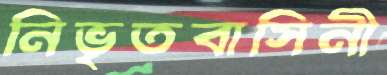
নিভৃতবাসিনী